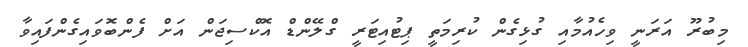
މިބުރޫ އަރަނީ ވިހެއުމާއި ގުޅިގެން ކުރިމަތީ ޕިޓުއިޓަރީ ގްލޭންޑް އޮކްސިޖަން އަށް ފެންބޮވައިގެންފައިވާ